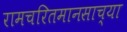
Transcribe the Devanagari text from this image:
रामचरितमानसाच्या